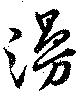
漫